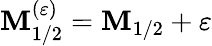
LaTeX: \mathbf{M}_{1/2}^{(\varepsilon)}=\mathbf{M}_{1/2}+\varepsilon